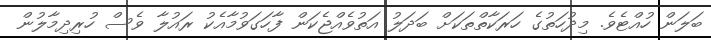
ބަލަން ހުއްޓެވެ. މިދުހަތުގެ ހަރަކާތްތަކަށް ބަދަލު އަތުވެއްޖެކަން ފާހަގަވުމާއެކު ރައުލާ ވެސް ހުރިދިމާލުން